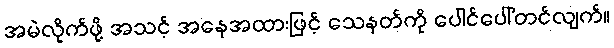
အမဲလိုက်ဖို့ အသင့် အနေအထားဖြင့် သေနတ်ကို ပေါင်ပေါ်တင်လျက်။